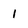
Character: 1